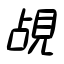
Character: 覘